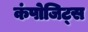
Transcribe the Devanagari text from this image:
कंपोजिट्स